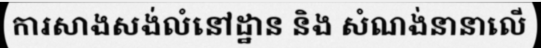
ការសាងសង់លំនៅដ្ឋាន និង សំណង់នានាលើ